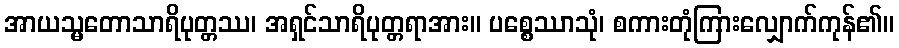
အာယသ္မတောသာရိပုတ္တဿ၊ အရှင်သာရိပုတ္တရာအား။ ပစ္စေဿာသုံ၊ စကားတုံကြားလျှောက်ကုန်၏။